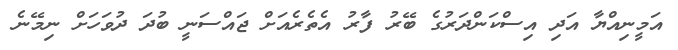
އަމީނިއްޔާ އަދި އިސްކަންދަރުގެ ބޭރު ފާރު އެތެރެއަށް ޖައްސަނީ ބުދަ ދުވަހަށް ނިމޭނެ